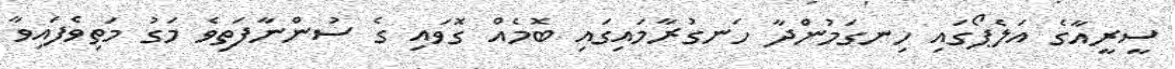
ސީރީއާގެ އަލެޕޯގައި ހިނގަމުންދާ ހަނގުރާމައިގައި ބޮމެއް ގޮވައި ގެ ސުންނާފަތިވެ މަގު މަތިވެފައިވާ